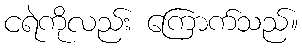
ငရဲကိုလည်း ကြောက်သည်။